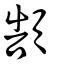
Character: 頶